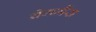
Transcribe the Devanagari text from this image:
वेगमैंस